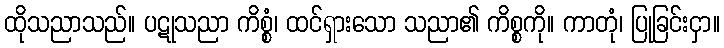
ထိုသညာသည်။ ပဋုသညာ ကိစ္စံ၊ ထင်ရှားသော သညာ၏ ကိစ္စကို။ ကာတုံ၊ ပြုခြင်းငှာ။